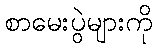
စာမေးပွဲများကို